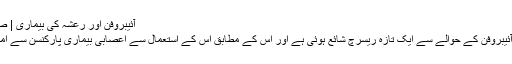
آئیبروفن اور رعشہ کی بیماری | صحت | DW | 08.03.2011
درد دور کرنے والی مؤثر دوا آئیبروفن کے حوالے سے ایک تازہ ریسرچ شائع ہوئی ہے اور اس کے مطابق اس کے استعمال سے اعصابی بیماری پارکنسن سے امکانی طور پر بچا جا سکتا ہے۔